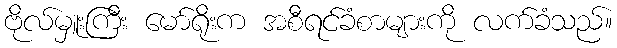
ဗိုလ်မှူးကြီး မော်ရိုးက အစီရင်ခံစာများကို လက်ခံသည်။